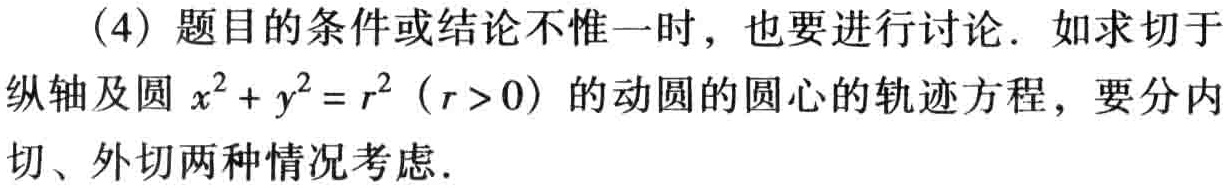
(4) 题目的条件或结论不惟一时，也要进行讨论. 如求切于纵轴及圆 \(x^{2}+y^{2}=r^{2}\)（\(r > 0\)）的动圆的圆心的轨迹方程，要分内切、外切两种情况考虑.